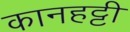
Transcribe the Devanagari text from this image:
कानहट्टी